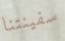
سفينتنا